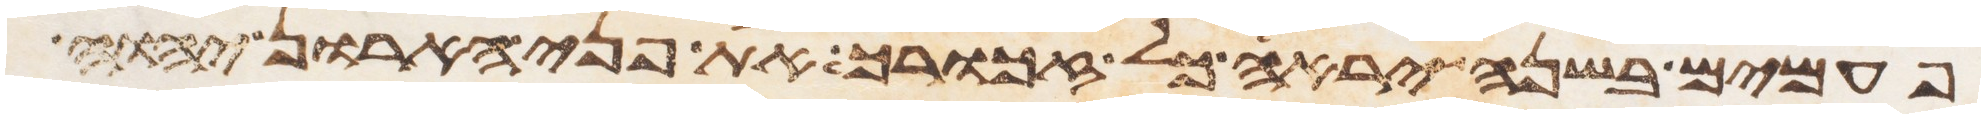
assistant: פעמים בשנה יראה כל זכורך את פני הארון יהוה